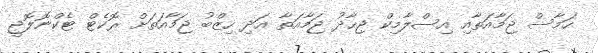
ހަމާސް ޖަމާއަތާއި އިސްލާމިކް ޖިހާދު ޖަމާއަތާ އަދި ހިޒްބު ޖަމާއަތަށް ރޮކެޓް ޓެކްނޮލޮޖީ